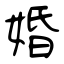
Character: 婚